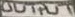
Text: OUTPUT